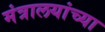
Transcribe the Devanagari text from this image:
मंत्रालयांच्या